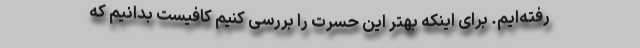
رفته‌ایم. برای اینکه بهتر این حسرت را بررسی کنیم کافیست بدانیم که